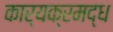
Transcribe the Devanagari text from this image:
कार्यक्रमद्ध